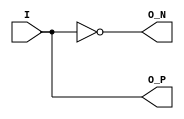
`timescale 1ns/1ps
`celldefine
//
// O_BUF_DS simulation model
// Output differential buffer
//
// Copyright (c) 2023 Rapid Silicon, Inc.  All rights reserved.
//

module O_BUF_DS
(
  input I, // Data input
  output O_P, // Data positive output (connect to top-level port)
  output O_N // Data negative output (connect to top-level port)
);

    assign O_P = I;
    assign O_N = ~I;
    
 initial begin


  end

endmodule
`endcelldefine